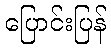
ပြောင်းပြန်